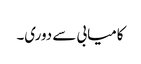
کامیابی سے دوری۔